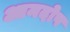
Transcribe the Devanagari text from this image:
आमदोष